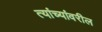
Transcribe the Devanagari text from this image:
त्यांच्यांवरील